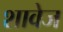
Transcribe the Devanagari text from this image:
शावेज